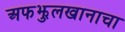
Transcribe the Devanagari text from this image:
अफझुलखानाचा